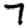
Digit: 7